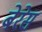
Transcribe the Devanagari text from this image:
बेरेस